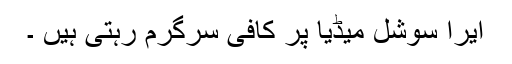
ایرا سوشل میڈیا پر کافی سرگرم رہتی ہیں ۔